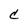
Character: C